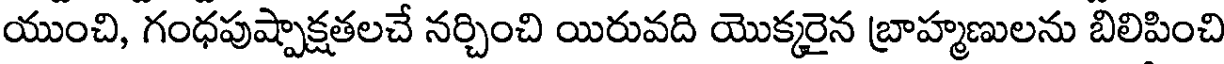
యుంచి, గంధపుష్పాక్షతలచే నర్చించి యిరువది యొక్కరైన బ్రాహ్మణులను బిలిపించి